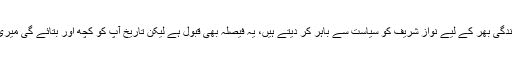
"کل فیصلہ ہوا کہ زندگی بھر کے لیے نواز شریف کو سیاست سے باہر کر دیتے ہیں، یہ فیصلہ بھی قبول ہے لیکن تاریخ آپ کو کچھ اور بتائے گی میری یہ بات یاد رکھیں۔